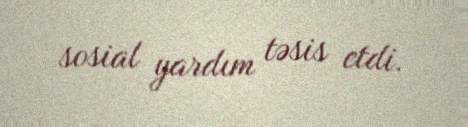
sosial yardım təsis etdi.